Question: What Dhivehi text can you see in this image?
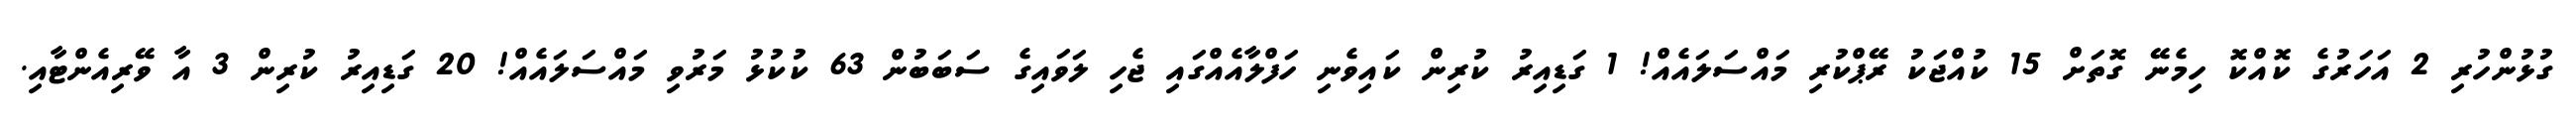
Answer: ގުޅުންހުރި 2 އަހަރުގެ ކޮއްކޮ ހިމެނޭ ގޮތަށް 15 ކުއްޖަކު ރޭޕްކުރި މައްސަލައެއް! 1 ގަޑިއިރު ކުރިން ކައިވެނި ހަފްލާއެއްގައި ޖެހި ލަވައިގެ ސަބަބުން 63 ކުކުޅު މަރުވި މައްސަލައެއް! 20 ގަޑިއިރު ކުރިން 3 އާ ވޭރިއެންޓާއި.